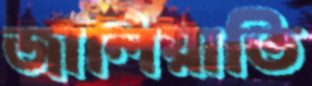
জালিয়াতি